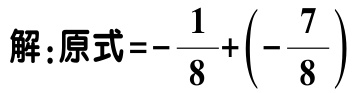
解：原式\(=-\dfrac{1}{8}+\left(-\dfrac{7}{8}\right)\)